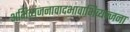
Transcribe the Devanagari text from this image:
अभिव्यंजनावादभावाभिव्यन्जना